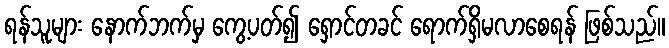
ရန်သူများ နောက်ဘက်မှ ကွေ့ပတ်၍ ရှောင်တခင် ရောက်ရှိမလာစေရန် ဖြစ်သည်။